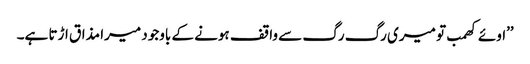
’’اوئے کھمب تو میری رگ رگ سے واقف ہونے کے باوجود میرا مذاق اڑتا ہے۔